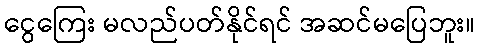
ငွေကြေး မလည်ပတ်နိုင်ရင် အဆင်မပြေဘူး။